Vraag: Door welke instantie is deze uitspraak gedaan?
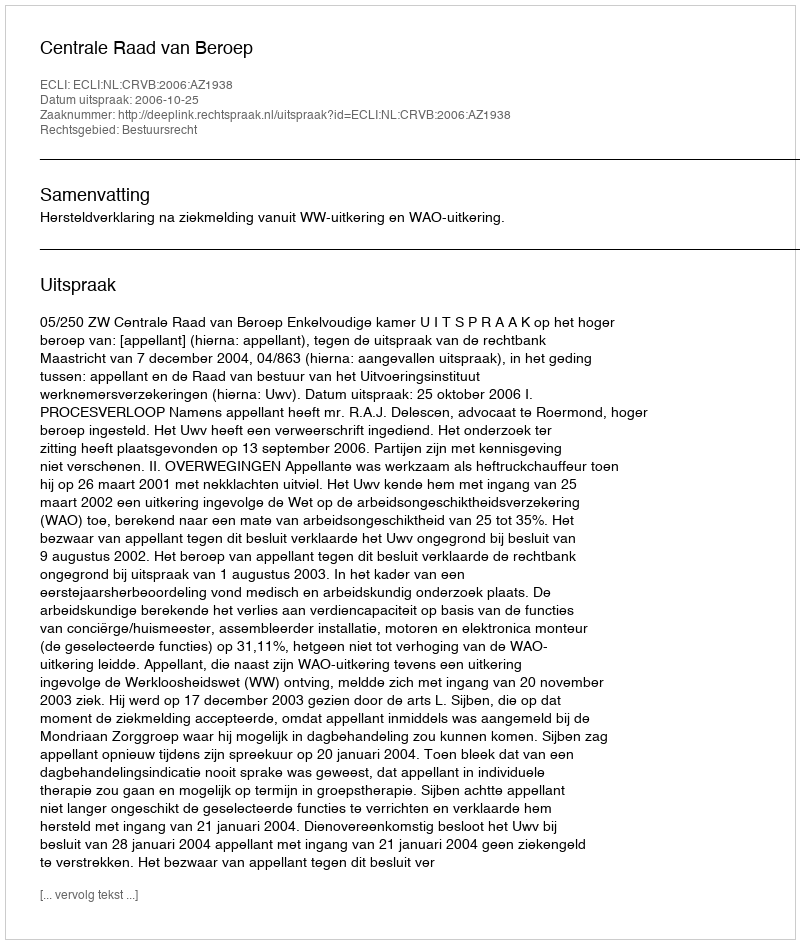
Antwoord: Centrale Raad van Beroep